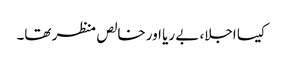
کیسا اجلا، بے ریا اور خالص منظر تھا۔